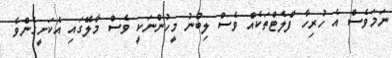
ނަމަވެސް އެ ހުރިހާ ފްލެޓްތަކެއް ވެސް ލިބުނު މީހުންނަކީ ވެސް މާލޭގައި އެކަށީގެންވާ